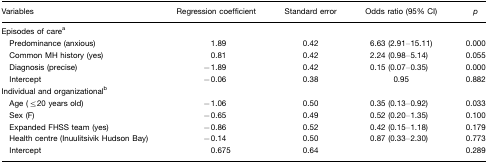
| Variables | Regression coefficient | Standard error | Odds ratio (95% CI) | p |
 | --- | --- | --- | --- | --- |
 | <COLSPAN=5> Episodes of carea |
 | Predominance (anxious) | 1.89 | 0.42 | 6.63 (2.91–15.11) | 0.000 |
 | Common MH history (yes) | 0.81 | 0.42 | 2.24 (0.98–5.14) | 0.055 |
 | Diagnosis (precise) | −1.89 | 0.42 | 0.15 (0.07–0.35) | 0.000 |
 | Intercept | −0.06 | 0.38 | 0.95 | 0.882 |
 | <COLSPAN=5> Individual and organizationalb |
 | Age (≤20 years old) | −1.06 | 0.50 | 0.35 (0.13–0.92) | 0.033 |
 | Sex (F) | −0.65 | 0.49 | 0.52 (0.20–1.35) | 0.100 |
 | Expanded FHSS team (yes) | −0.86 | 0.52 | 0.42 (0.15–1.18) | 0.179 |
 | Health centre (Inuulitsivik Hudson Bay) | −0.14 | 0.50 | 0.87 (0.33–2.30) | 0.773 |
 | Intercept | 0.675 | 0.64 |  | 0.289 |